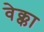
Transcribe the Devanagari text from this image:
वेक्का